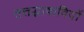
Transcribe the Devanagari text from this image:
तत्तद्भाषाविदों